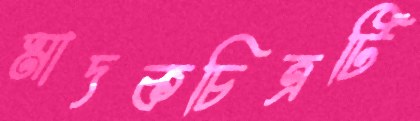
মাদকচিত্রটি